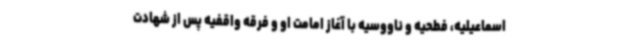
اسماعیلیه، فطحیه و ناووسیه با آغاز امامت او و فرقه واقفیه پس از شهادت